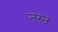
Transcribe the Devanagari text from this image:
नस्त